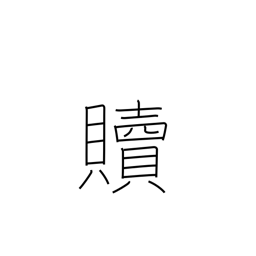
Meaning: redeem